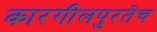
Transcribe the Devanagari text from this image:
कारगीलपुरतेच